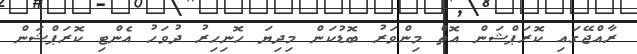
ރާއްޖޭގައި ކޮރަޕްޝަން އޮތް މިންވަރު ބޮޑުކަން މިދިޔަ ހޮނިހިރު ދުވަހު އެންޓި ކޮރަޕްޝަން